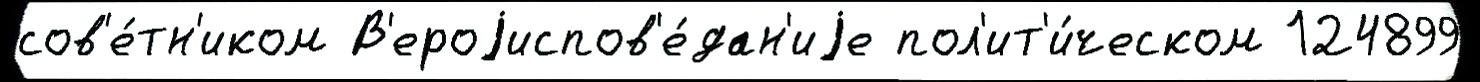
сов'е́тн'иком В'ероjиспов'е́дан'иjе пол'ит'и́ческом 124899